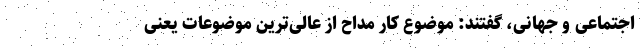
اجتماعی و جهانی، گفتند: موضوع کار مداح از عالی‌ترین موضوعات یعنی